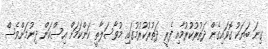
ގިނަ ބަޔަކު ގޮވައިގެން ދަތުރުކުރުމާއި ފެރީ ދަތުރުކުރުމުގައި މުވާސަލާތީ ކަންކަމަށް އިސްކަން ދިނުމަށްވެސް